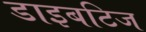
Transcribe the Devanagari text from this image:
डाइबटिज